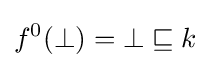
f^{0}(\bot )=\bot \sqsubseteq k